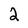
Character: 2